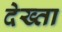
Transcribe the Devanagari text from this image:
देख्ता